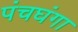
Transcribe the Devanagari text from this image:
पंचघंगा